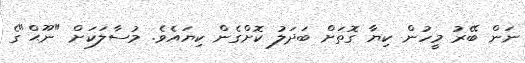
ނަން ބޭރު މީހުން ކިޔާ ގޮތަށް ބަދަލު ކޮށްގެން ކިޔައެވެ. މުސާލަކަށް "ނޫޙް"ގެ